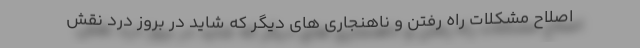
اصلاح مشکلات راه رفتن و ناهنجاری های دیگر که شاید در بروز درد نقش